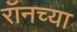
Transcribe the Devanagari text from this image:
रॉनच्या